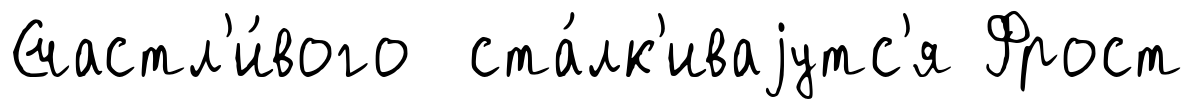
Счастл'и́вого ста́лк'иваjутс'я Фрост